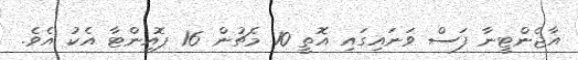
އާޖެންޓީނާ ފަސް ވަނައިގައި އޮތީ 10 މެޗުން 16 ޕޮއިންޓާ އެކު އެވެ.